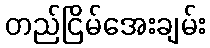
တည်ငြိမ်အေးချမ်း